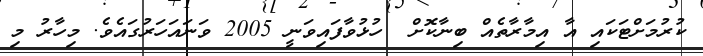
ކުރުމަށްޓަކައި އާ އިމާރާތެއް ބިނާކޮށް  ހުޅުވާފައިވަނީ 2005 ވަނައަހަރުގައެވެ. މިހާރު މި